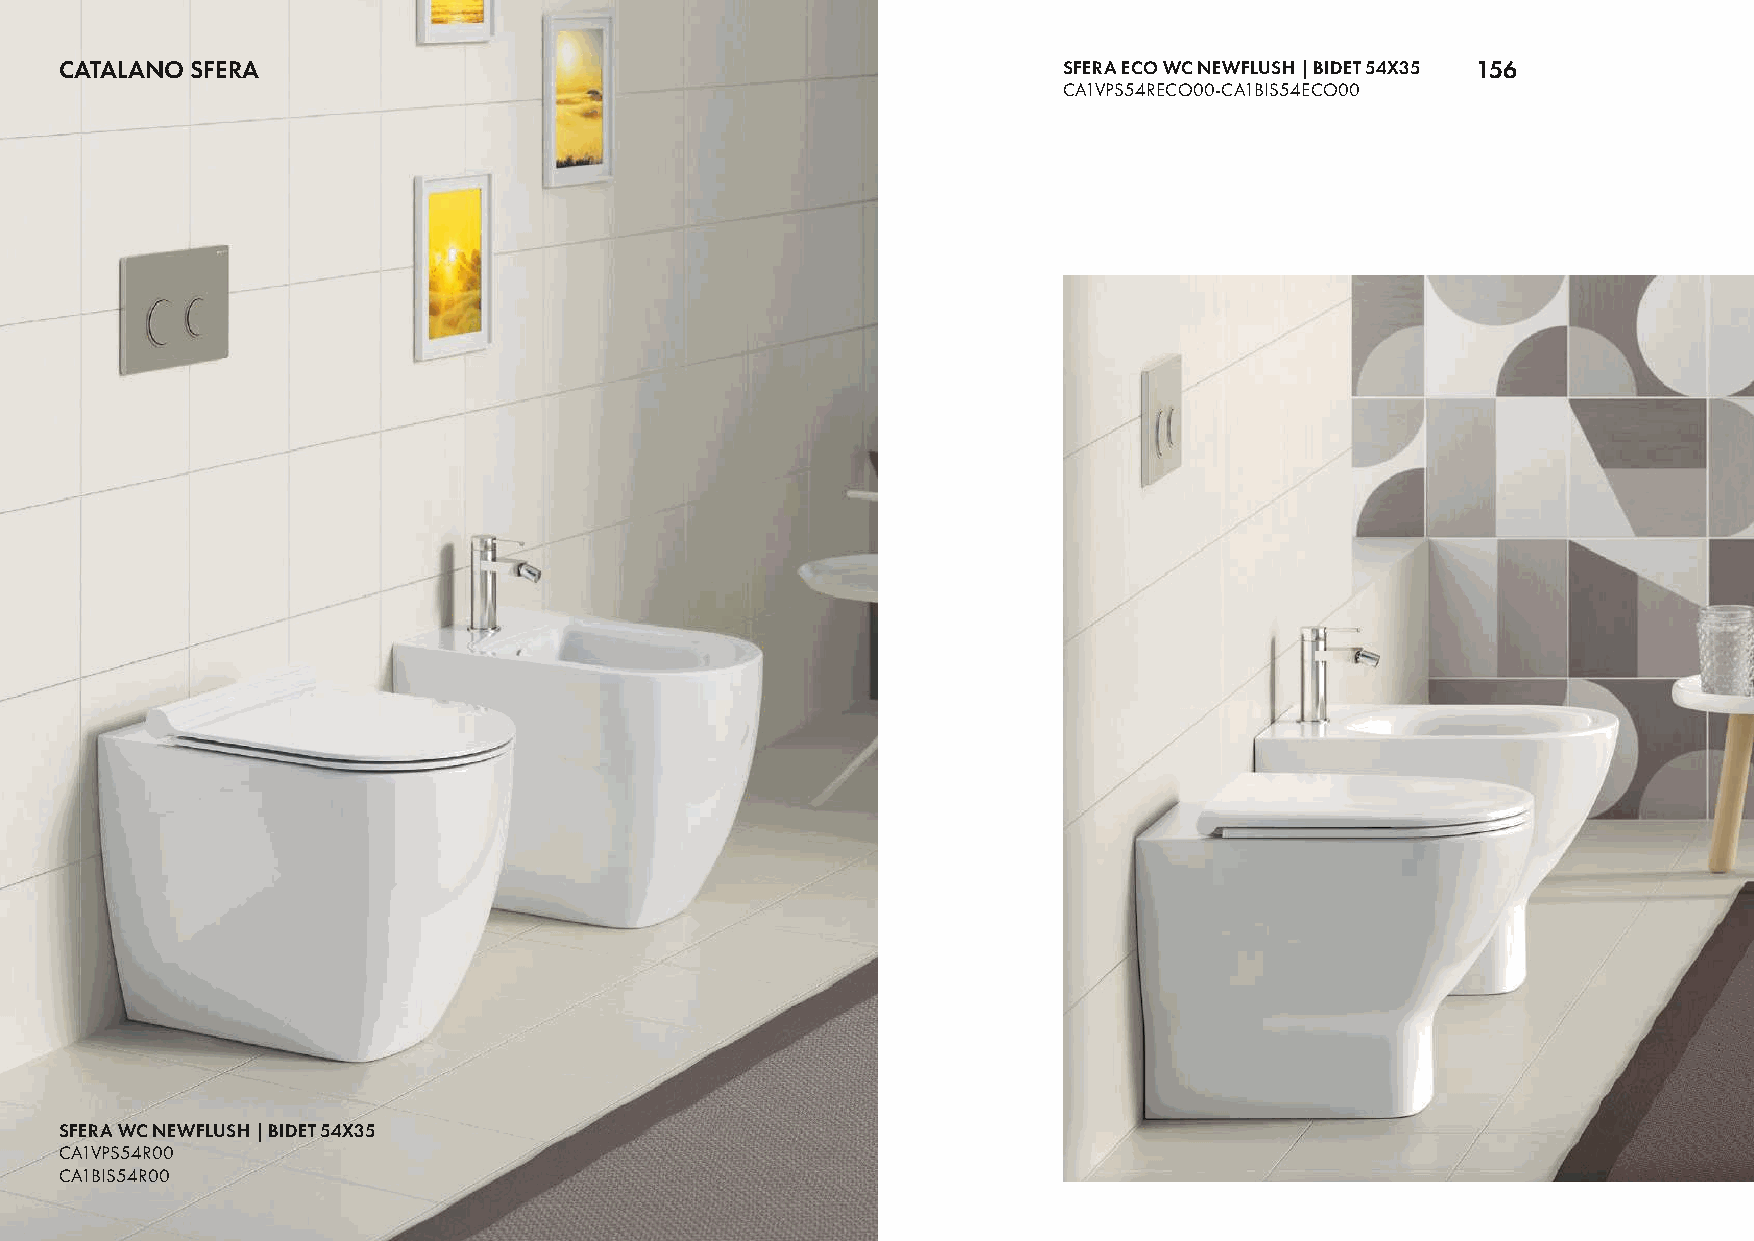
CATALANO SFERA                                                    SFERA ECO WC NEWFLUSH | BIDET 54X35 156
 CA1VPS54RECO00-CA1BIS54ECO00
 SFERA WC NEWFLUSH | BIDET 54X35
 CA1VPS54R00
 CA1BIS54R00